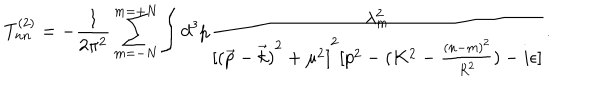
T _ { n n } ^ { ( 2 ) } = - \frac { 1 } { 2 \pi ^ { 2 } } \sum _ { m = - N } ^ { m = + N } \int d ^ { 3 } p \frac { \lambda _ { m } ^ { 2 } } { { [ { ( \vec { p } - \vec { k } ) } ^ { 2 } + \mu ^ { 2 } ] } ^ { 2 } [ p ^ { 2 } - ( K ^ { 2 } - \frac { { ( n - m ) } ^ { 2 } } { R ^ { 2 } } ) - i \epsilon ] } .